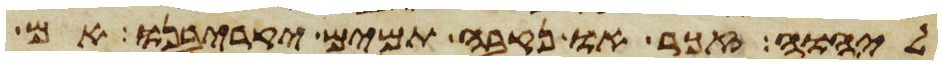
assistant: ליהוה זכר או נקבה תמים יקריבנו אם